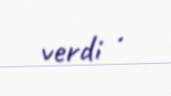
verdi .